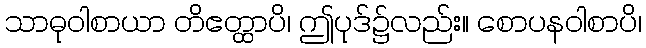
သာဓုဝါစာယာ တိဧတ္ထာပိ၊ ဤပုဒ်၌လည်း။ စောပနဝါစာပိ၊